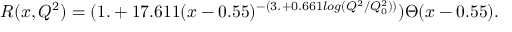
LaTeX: R ( x , Q ^ { 2 } ) = ( 1 . + 1 7 . 6 1 1 ( x - 0 . 5 5 ) ^ { - ( 3 . + 0 . 6 6 1 l o g ( Q ^ { 2 } / Q _ { 0 } ^ { 2 } ) ) } ) \Theta ( x - 0 . 5 5 ) .